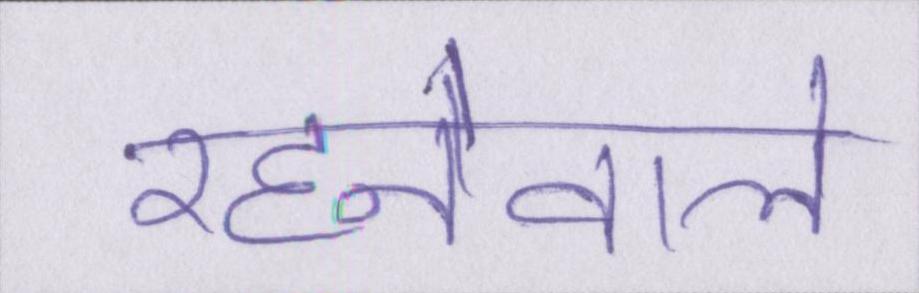
रहनेवाले